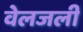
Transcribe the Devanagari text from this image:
वेलजली